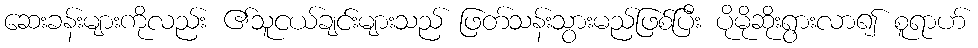
ဆေးခန်းများကိုလည်း ၏သူငယ်ချင်းများသည် ဖြတ်သန်းသွားမည်ဖြစ်ပြီး ပိုမိုဆိုးရွားလာ၍ စူရာဟ်